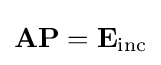
\mathbf {A} \mathbf {P} =\mathbf {E} _{\mathrm {inc} }